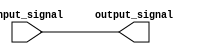
module simple_assign_statement(
    input wire input_signal,
    output reg output_signal
);

    always @(*)
    begin
        output_signal = input_signal;
    end
    
endmodule